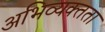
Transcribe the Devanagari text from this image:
अभिव्यक्तता